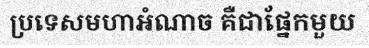
ប្រទេសមហាអំណាច គឺជាផ្នែកមួយ